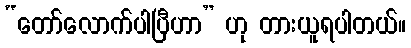
“တော်လောက်ပါပြီဟာ” ဟု တားယူရပါတယ်။